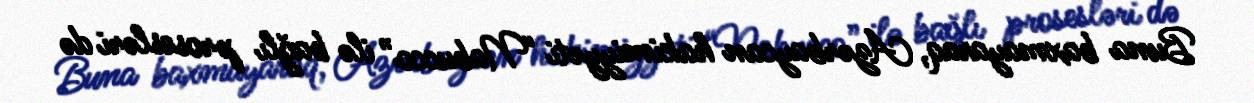
Buna baxmayaraq, Azərbaycan hakimiyyəti “Nabucco” ilə bağlı prosesləri də